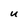
Character: u